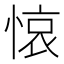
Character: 𢜺